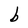
Character: b